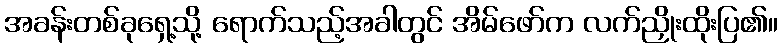
အခန်းတစ်ခုရှေ့သို့ ရောက်သည့်အခါတွင် အိမ်ဖော်က လက်ညှိုးထိုးပြ၏။